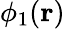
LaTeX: \phi_{1}(\mathbf{r})